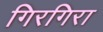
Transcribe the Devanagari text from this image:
गिरगिरा